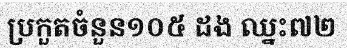
ប្រកួតចំនួន១០៥ ដង ឈ្នះ៧២